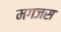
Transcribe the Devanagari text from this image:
मगजस